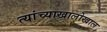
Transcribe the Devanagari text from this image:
त्यांच्याखालोखाल